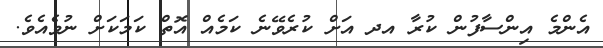
އެންމެ އިންސާފުން ކުރާ އދ އަށް ކުރެވޭނެ ކަމެއް އޮތް ކަމަކަށް ނުވެއެވެ.